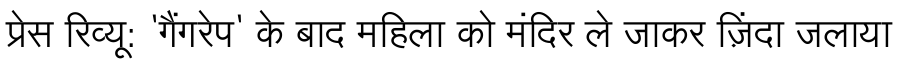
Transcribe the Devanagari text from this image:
प्रेस रिव्यू: 'गैंगरेप' के बाद महिला को मंदिर ले जाकर ज़िंदा जलाया